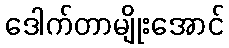
ဒေါက်တာမျိုးအောင်